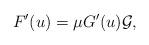
LaTeX: \begin{align*}F^{\prime}(u)=\mu G^{\prime}(u) \mathcal{G},\end{align*}